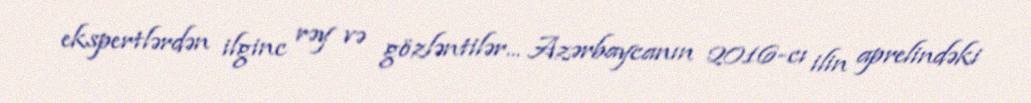
ekspertlərdən ilginc rəy və gözləntilər... Azərbaycanın 2016-cı ilin aprelindəki